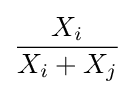
{\frac {X_{i}}{X_{i}+X_{j}}}